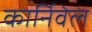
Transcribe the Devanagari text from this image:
कार्निवेल